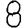
Digit: 8